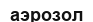
аэрозол